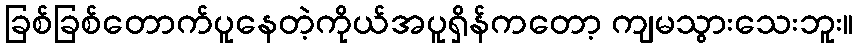
ခြစ်ခြစ်တောက်ပူနေတဲ့ကိုယ်အပူရှိန်ကတော့ ကျမသွားသေးဘူး။